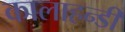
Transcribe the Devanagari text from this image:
कालाहन्डी